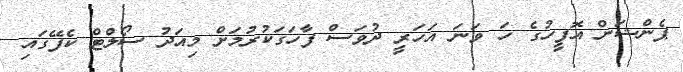
ޕެންޝަން އޮފީހުގެ ހަ ވަނަ އަހަރީ ދުވަސް ފާހަގަކުރުމަށް މިއަދު ސޯލްޓް ކެފޭގައި